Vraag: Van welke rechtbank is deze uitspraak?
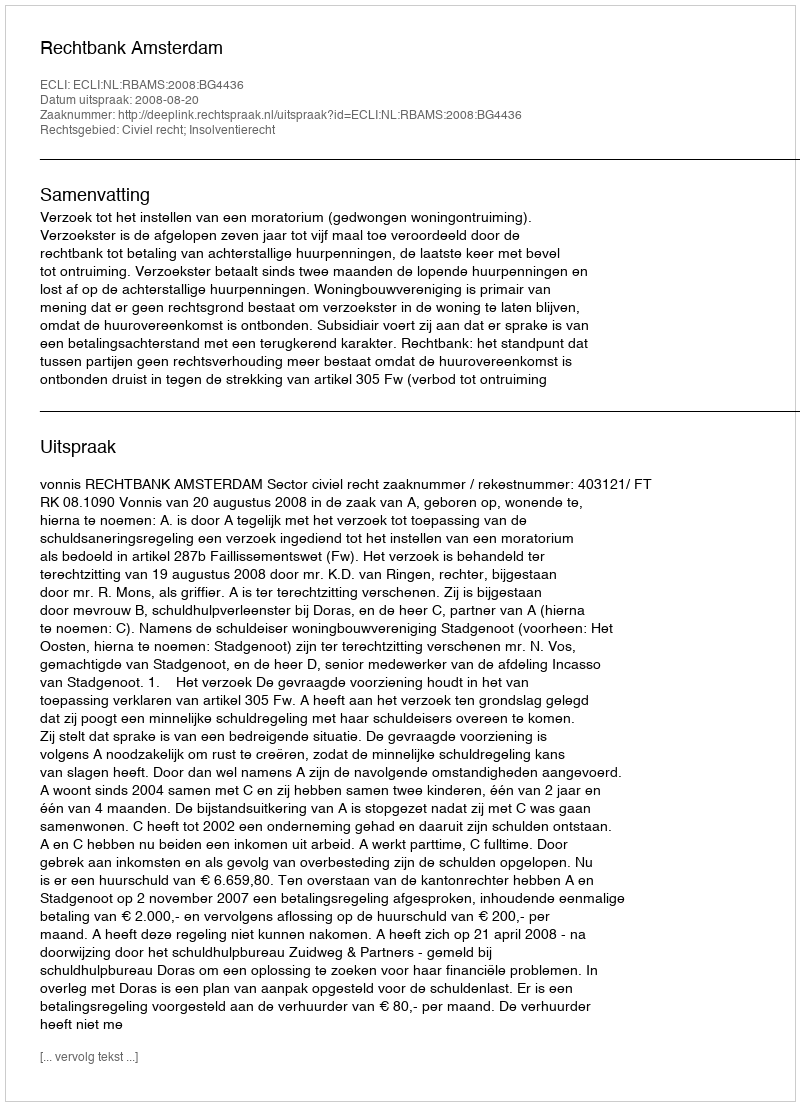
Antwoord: Rechtbank Amsterdam